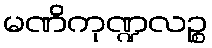
မဏိကုဏ္ဍလဉ္စ